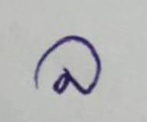
ล